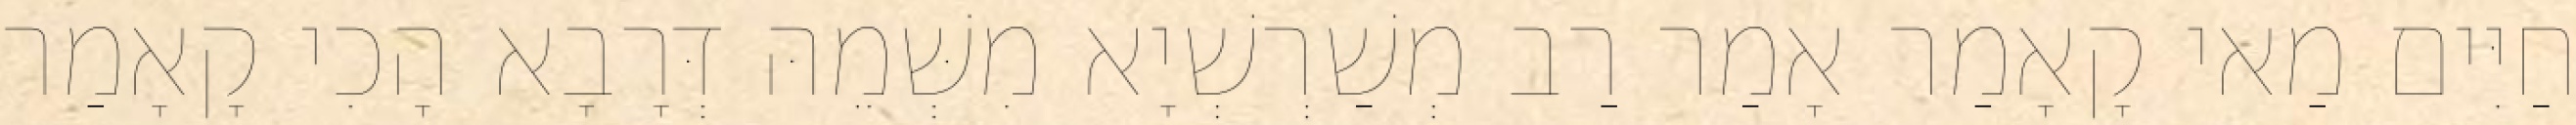
חַיִּים מַאי קָאָמַר אָמַר רַב מְשַׁרְשְׁיָא מִשְּׁמֵהּ דְּרָבָא הָכִי קָאָמַר